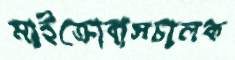
মাইক্রোবাসচালক